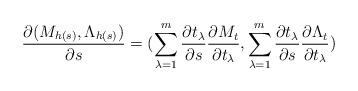
LaTeX: \begin{align*}\frac{\partial(M_{h(s)},\Lambda_{h(s)})}{\partial{s}}=(\sum_{\lambda=1}^{m} \frac{\partial t_{\lambda}}{\partial s} \frac{\partial M_t}{\partial t_{\lambda}},\sum_{\lambda=1}^{m} \frac{\partial t_{\lambda}}{\partial s}\frac{\partial{\Lambda_t}}{\partial t_{\lambda}})\end{align*}